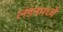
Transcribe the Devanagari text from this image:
लंडनमध्यें